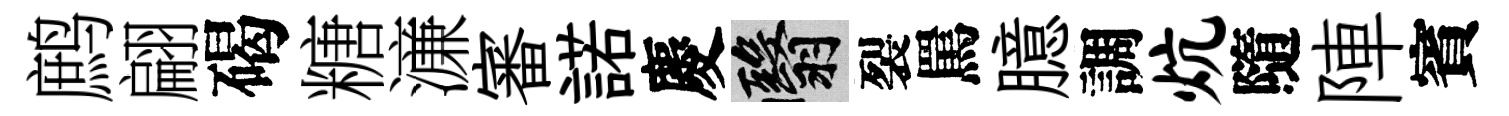
鹧翩碣糖濓審諾慶翳裂罵臆調炕隨陣賓